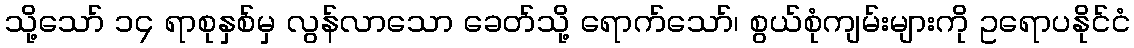
သို့သော် ၁၄ ရာစုနှစ်မှ လွန်လာသော ခေတ်သို့ ရောက်သော်၊ စွယ်စုံကျမ်းများကို ဥရောပနိုင်ငံ